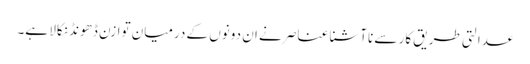
عدالتی طریق کار سے ناآشنا عناصر نے ان دونوں کے درمیان توازن ڈھونڈ نکالا ہے۔